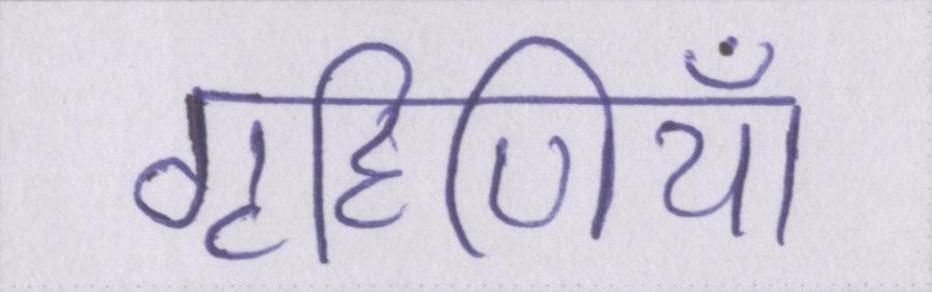
गृहिणियाँ